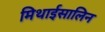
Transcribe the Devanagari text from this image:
मिथाईसालिन